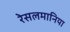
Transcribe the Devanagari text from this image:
रेसलमानिया